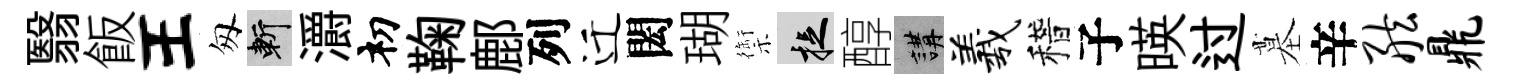
翳飯王匆斬灂𥘉鞠鄜列迁閎瑚禦捉醇講羲稽子暎过墓辛舷鼎